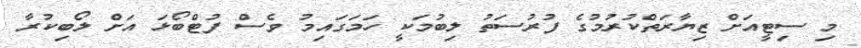
މި ސިޓީއަށް ޒިޔާރަތްކުރުމުގެ ފުރުސަތު ލިބުމަކީ ހަމަގައިމު ވެސް ފުޓްބޯޅަ އަށް ލޯބިކުރާ